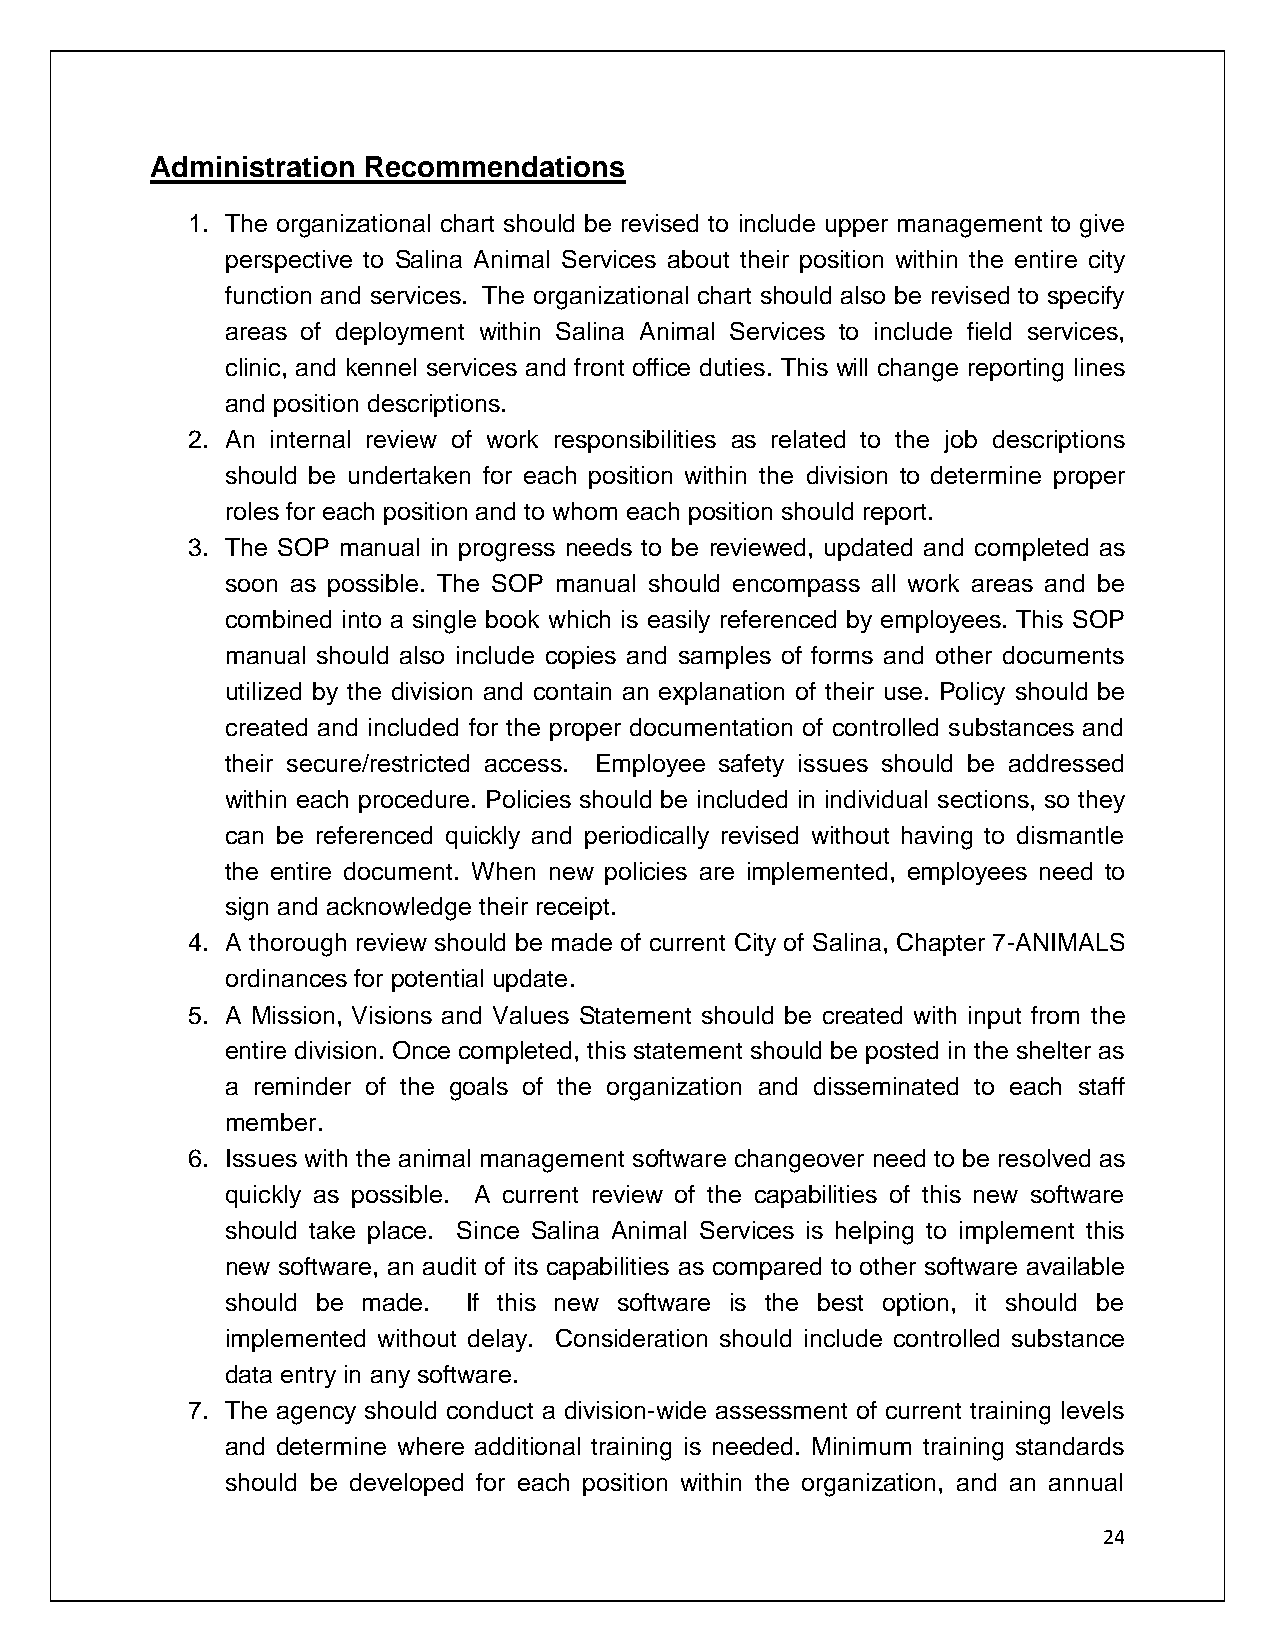
Administration Recommendations
 1. The organizational chart should be revised to include upper management to give
 perspective to Salina Animal Services about their position within the entire city
 function and services. The organizational chart should also be revised to specify
 areas of deployment within Salina Animal Services to include field services,
 clinic, and kennel services and front office duties. This will change reporting lines
 and position descriptions.
 2. An internal review of work responsibilities as related to the job descriptions
 should be undertaken for each position within the division to determine proper
 roles for each position and to whom each position should report.
 3. The SOP manual in progress needs to be reviewed, updated and completed as
 soon as possible. The SOP manual should encompass all work areas and be
 combined into a single book which is easily referenced by employees. This SOP
 manual should also include copies and samples of forms and other documents
 utilized by the division and contain an explanation of their use. Policy should be
 created and included for the proper documentation of controlled substances and
 their secure/restricted access. Employee safety issues should be addressed
 within each procedure. Policies should be included in individual sections, so they
 can be referenced quickly and periodically revised without having to dismantle
 the entire document. When new policies are implemented, employees need to
 sign and acknowledge their receipt.
 4. A thorough review should be made of current City of Salina, Chapter 7-ANIMALS
 ordinances for potential update.
 5. A Mission, Visions and Values Statement should be created with input from the
 entire division. Once completed, this statement should be posted in the shelter as
 a reminder of the goals of the organization and disseminated to each staff
 member.
 6. Issues with the animal management software changeover need to be resolved as
 quickly as possible. A current review of the capabilities of this new software
 should take place. Since Salina Animal Services is helping to implement this
 new software, an audit of its capabilities as compared to other software available
 should be made. If this new software is the best option, it should be
 implemented without delay. Consideration should include controlled substance
 data entry in any software.
 7. The agency should conduct a division-wide assessment of current training levels
 and determine where additional training is needed. Minimum training standards
 should be developed for each position within the organization, and an annual
 24